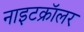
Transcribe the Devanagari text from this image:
नाइटक्रॉलर